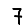
Digit: 7